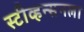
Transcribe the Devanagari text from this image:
स्टीव्हन्सनला